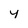
Character: 4